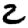
Digit: 2